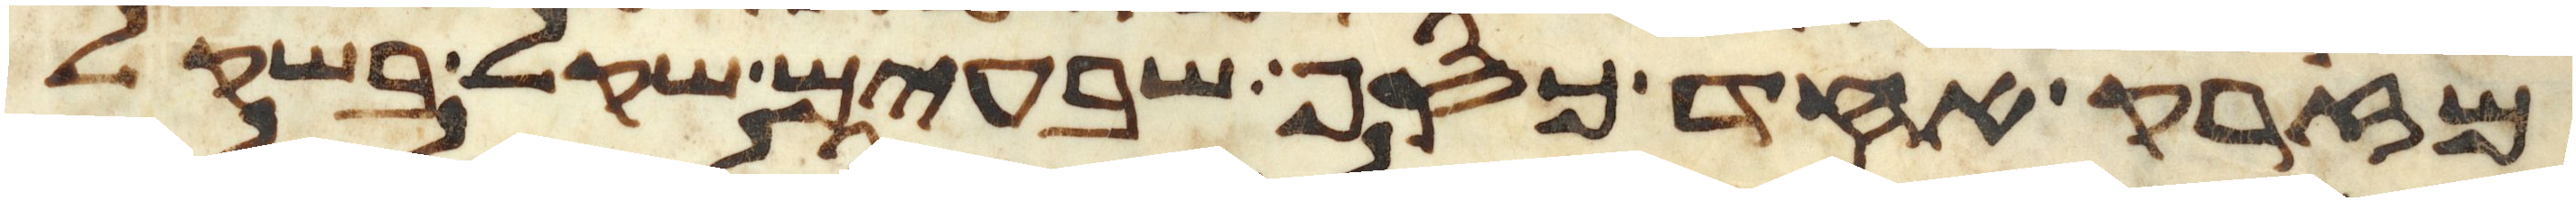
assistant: מזרק אחד כסף שבעים שקל בשקל